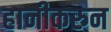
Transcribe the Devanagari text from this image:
हानीकरुन